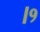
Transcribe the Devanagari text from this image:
।१